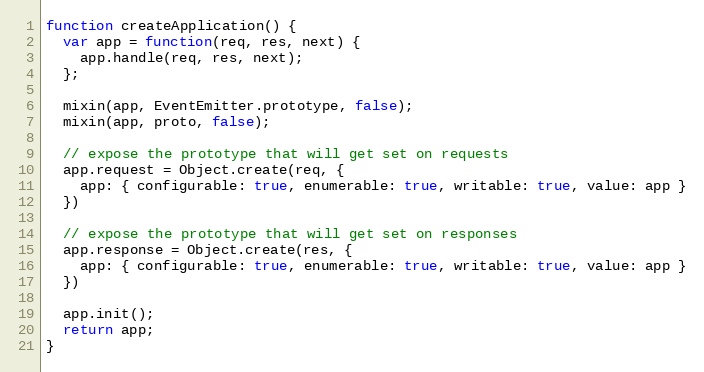
Language: JavaScript
function createApplication() {
  var app = function(req, res, next) {
    app.handle(req, res, next);
  };

  mixin(app, EventEmitter.prototype, false);
  mixin(app, proto, false);

  // expose the prototype that will get set on requests
  app.request = Object.create(req, {
    app: { configurable: true, enumerable: true, writable: true, value: app }
  })

  // expose the prototype that will get set on responses
  app.response = Object.create(res, {
    app: { configurable: true, enumerable: true, writable: true, value: app }
  })

  app.init();
  return app;
}